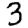
Digit: 3